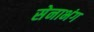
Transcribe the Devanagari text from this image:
सेनाभंग